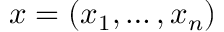
\boldsymbol { x } = ( x _ { 1 } , \dots , x _ { n } )